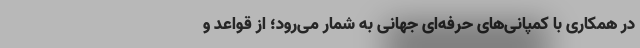
در همکاری با كمپانی‌های حرفه‌ای جهانی به شمار می‌رود؛ از قواعد و